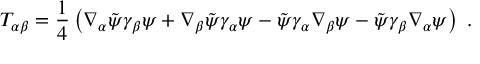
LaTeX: T _ { \alpha \beta } = { \frac { 1 } { 4 } } \left( \nabla _ { \alpha } \tilde { \psi } \gamma _ { \beta } \psi + \nabla _ { \beta } \tilde { \psi } \gamma _ { \alpha } \psi - \tilde { \psi } \gamma _ { \alpha } \nabla _ { \beta } \psi - \tilde { \psi } \gamma _ { \beta } \nabla _ { \alpha } \psi \right) ~ .